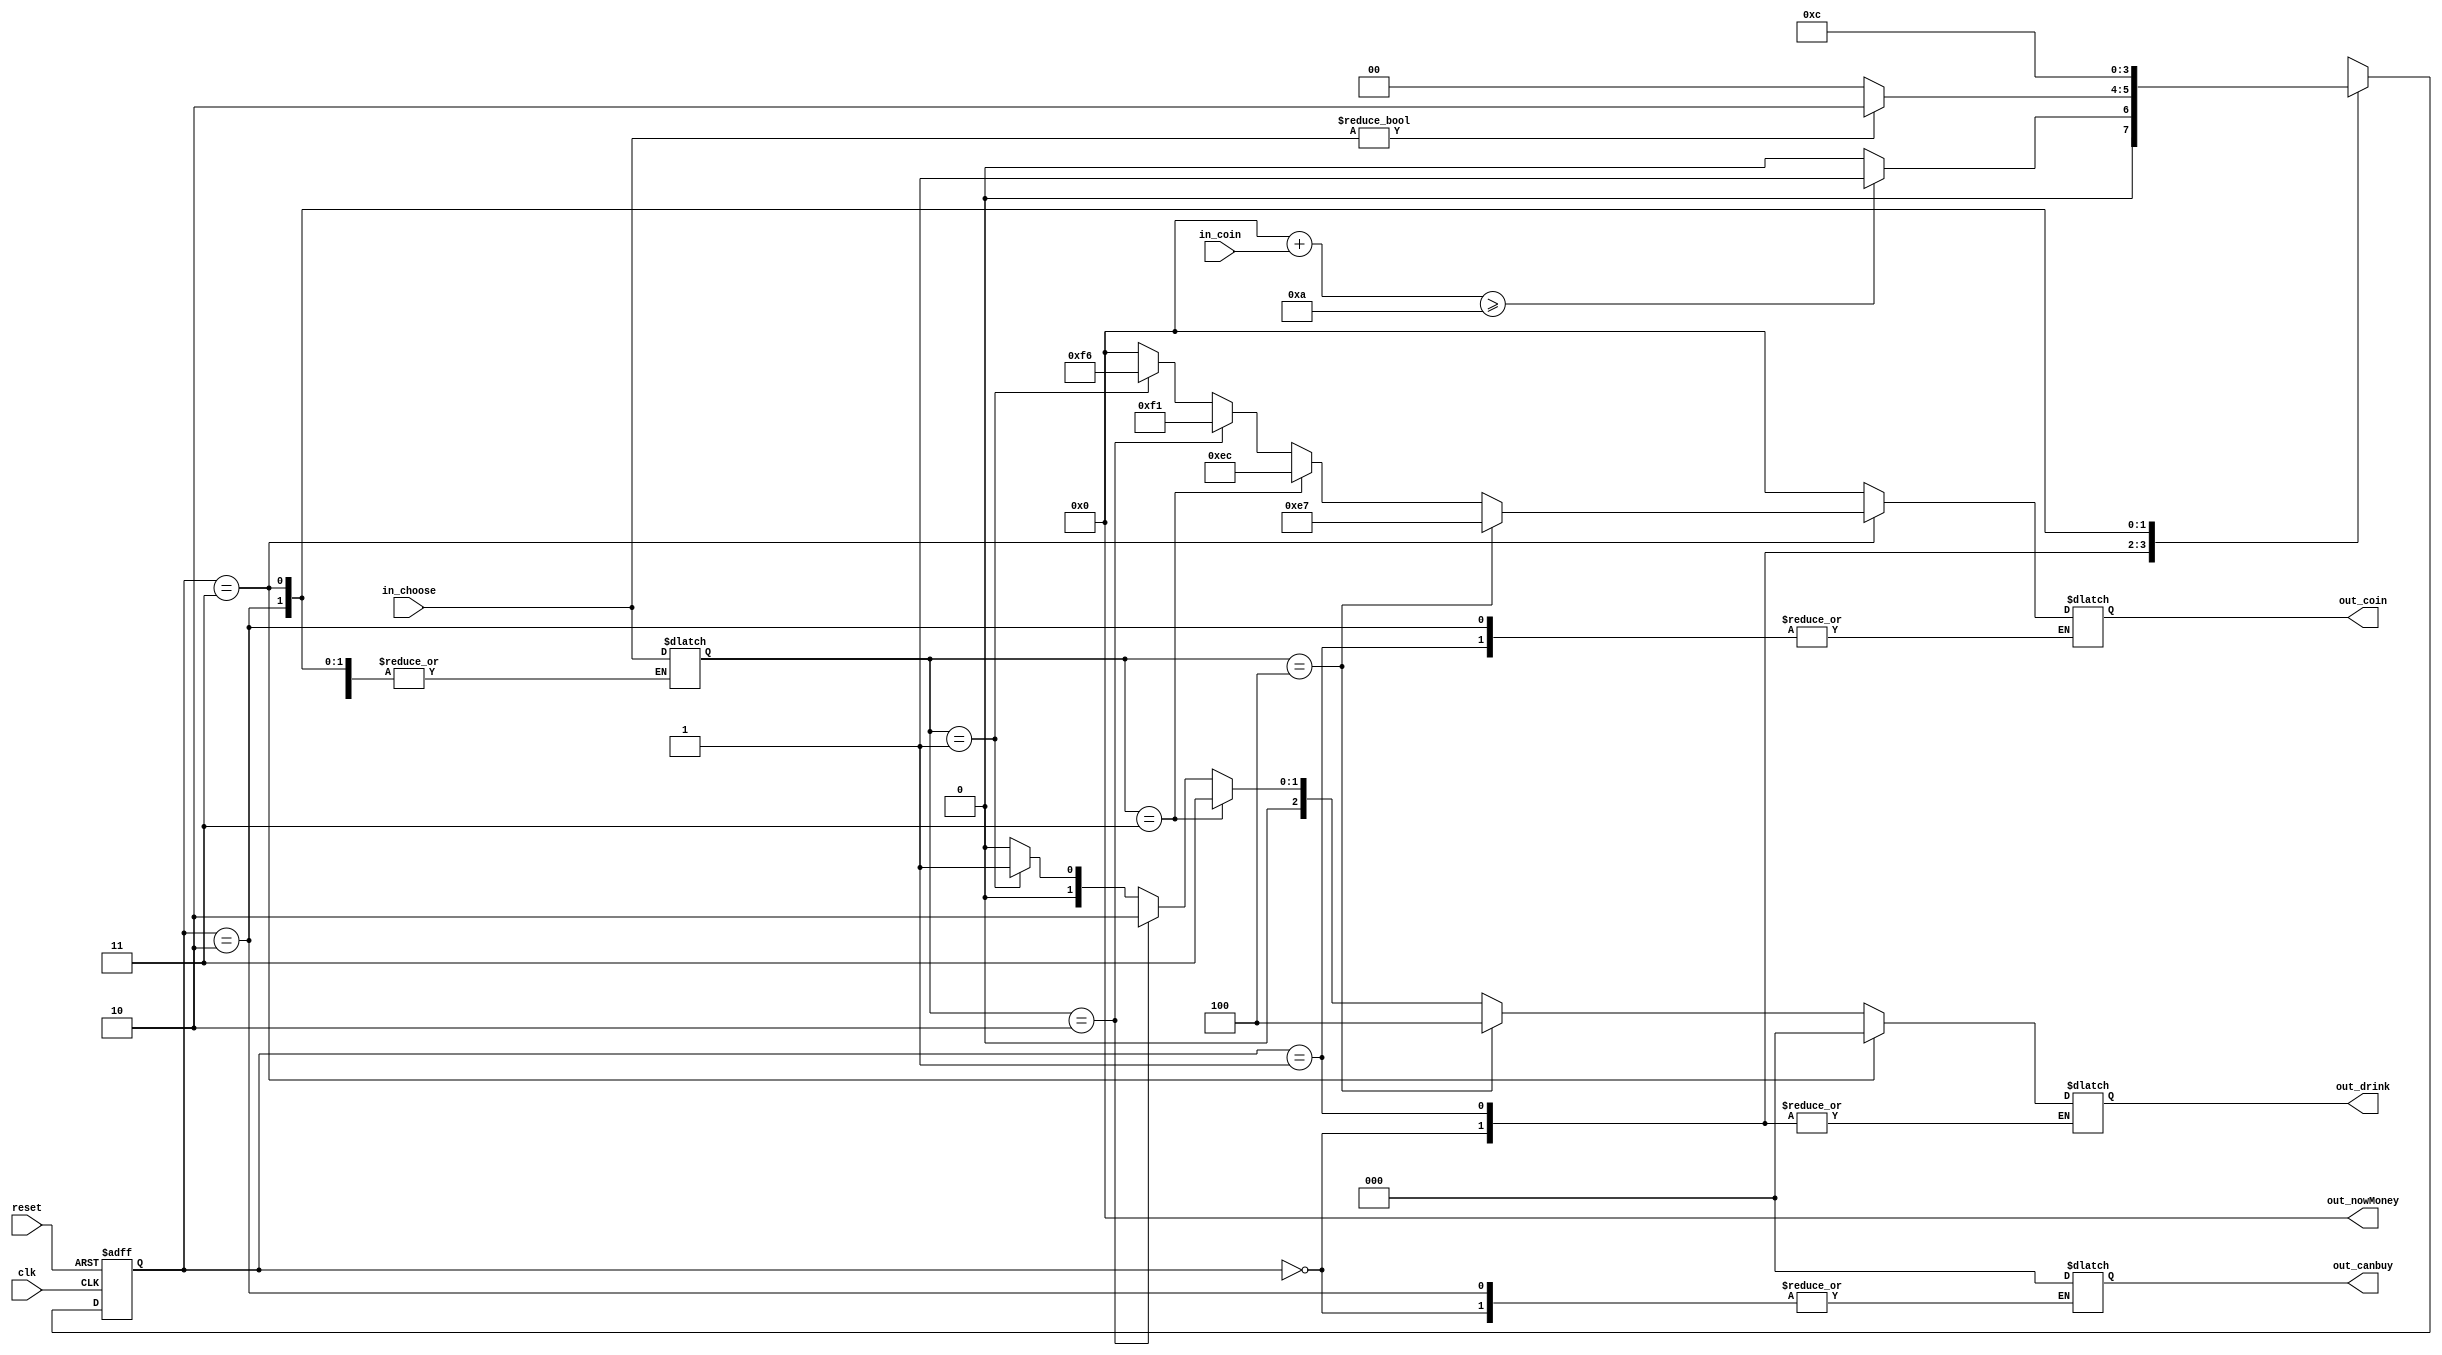
module auto_Seller( clk, reset, in_coin, in_choose, 
					out_nowMoney, out_canbuy, out_drink, out_coin );
					
input clk, reset ;
input[5:0] in_coin ; // 
input[2:0] in_choose ; // 
output reg[7:0] out_nowMoney ; // $
output reg [2:0] out_canbuy, out_drink ;  // (S1), (S2)
output reg [7:0] out_coin ; //  (S3)


parameter S0 = 2'd0, // 
		  S1 = 2'd1, // 
		  S2 = 2'd2, // 
		  S3 = 2'd3; // 	  
		  
/*
	A : 3'b001
	B : 3'b010
	C : 3'b011
	D : 3'b100
*/

reg[2:0] choose ;
reg[1:0] state, next_state ;
reg[7:0] nowMoney ;

initial begin // 
	state <= S0 ;
	next_state <= S0 ;
	nowMoney <= 6'd0 ;
	choose <= 3'd0 ;
	out_nowMoney <= 8'd0 ;
	out_canbuy <= 3'd0 ;
	out_drink <= 3'd0 ;
	out_coin <= 6'd0 ;
end

always @(posedge clk or posedge reset) 
begin
	if(reset)
		state <= S3 ;
	else
		state <= next_state ;
end

always @(state) // output
begin
	case (state)
		S0: out_coin = 6'd0 ;
		S1: if (nowMoney >= 8'd25) out_canbuy = 3'b100 ; // D
			else if (nowMoney >= 8'd20) out_canbuy = 3'b011 ; // C
			else if (nowMoney >= 8'd15) out_canbuy = 3'b010 ; // B
			else if (nowMoney >= 8'd10) out_canbuy = 3'b001 ; // A
			else out_canbuy = 3'b000 ;
		S2: if (choose == 3'b100) out_drink = 3'b100 ; // D
			else if (choose == 3'b011) out_drink = 3'b011 ; // C
			else if (choose == 3'b010) out_drink = 3'b010 ; // B
			else if (choose == 3'b001) out_drink = 3'b001 ; // A
			else out_drink = 3'b000 ;
		S3: begin
				if (choose == 3'b100) nowMoney = nowMoney - 6'd25 ; // D
				else if (choose == 3'b011) nowMoney = nowMoney - 6'd20 ; // C
				else if (choose == 3'b010) nowMoney = nowMoney - 6'd15 ; // B
				else if (choose == 3'b001) nowMoney = nowMoney - 6'd10 ; // A
				out_canbuy = 3'd0 ;
				out_drink = 3'b000 ;
				out_coin = nowMoney ;
				nowMoney = 8'd0 ;
				out_nowMoney = nowMoney ;
			end
	endcase
end

always @(state or in_coin or in_choose) // 
begin
	case (state)
		S0: begin
				nowMoney = nowMoney + in_coin ;
				out_nowMoney = nowMoney ;
				if(nowMoney >= 8'd10) next_state = S1 ;
				else next_state = S0 ;
			end
		S1: begin
				choose = in_choose ;
				if(choose != 3'd0) next_state = S2 ;
				else next_state = S0 ;
			end
		S2: next_state = S3 ; 
		S3: next_state = S0 ;
		default: next_state = S0 ;
	endcase
end
endmodule